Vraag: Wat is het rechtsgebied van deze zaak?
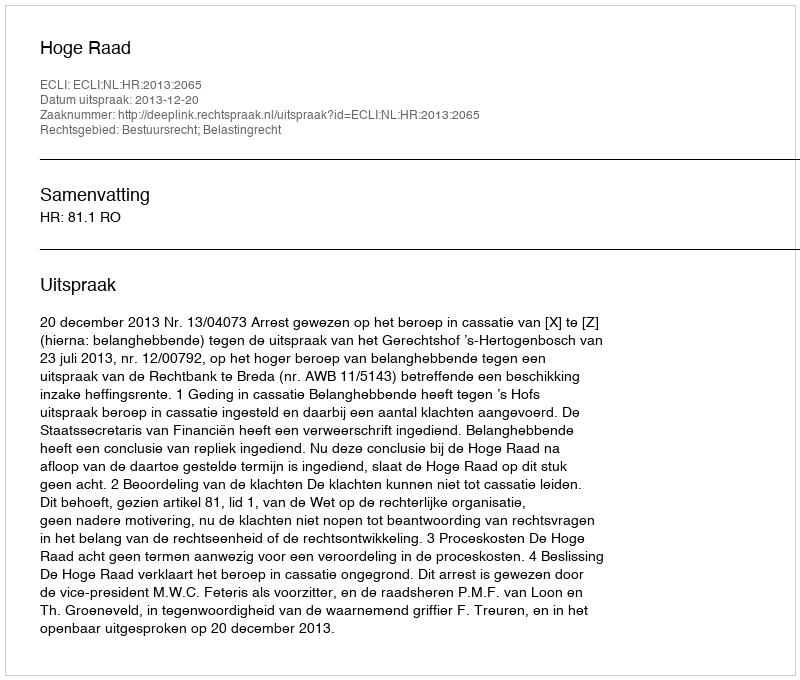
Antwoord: Bestuursrecht; Belastingrecht